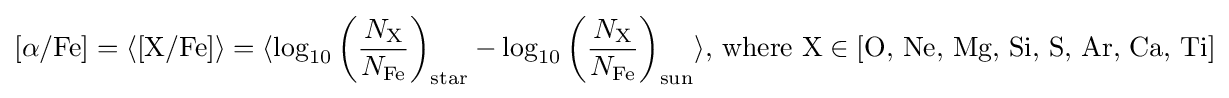
[\alpha /{\text{Fe}}]=\langle {\text{[X/Fe]}}\rangle =\langle \log _{10}{\left({\frac {N_{\text{X}}}{N_{\text{Fe}}}}\right)_{\text{star}}}-\log _{10}{\left({\frac {N_{\text{X}}}{N_{\text{Fe}}}}\right)_{\text{sun}}}\rangle {\text{, where X}}\in {\text{[O, Ne, Mg, Si, S, Ar, Ca, Ti]}}